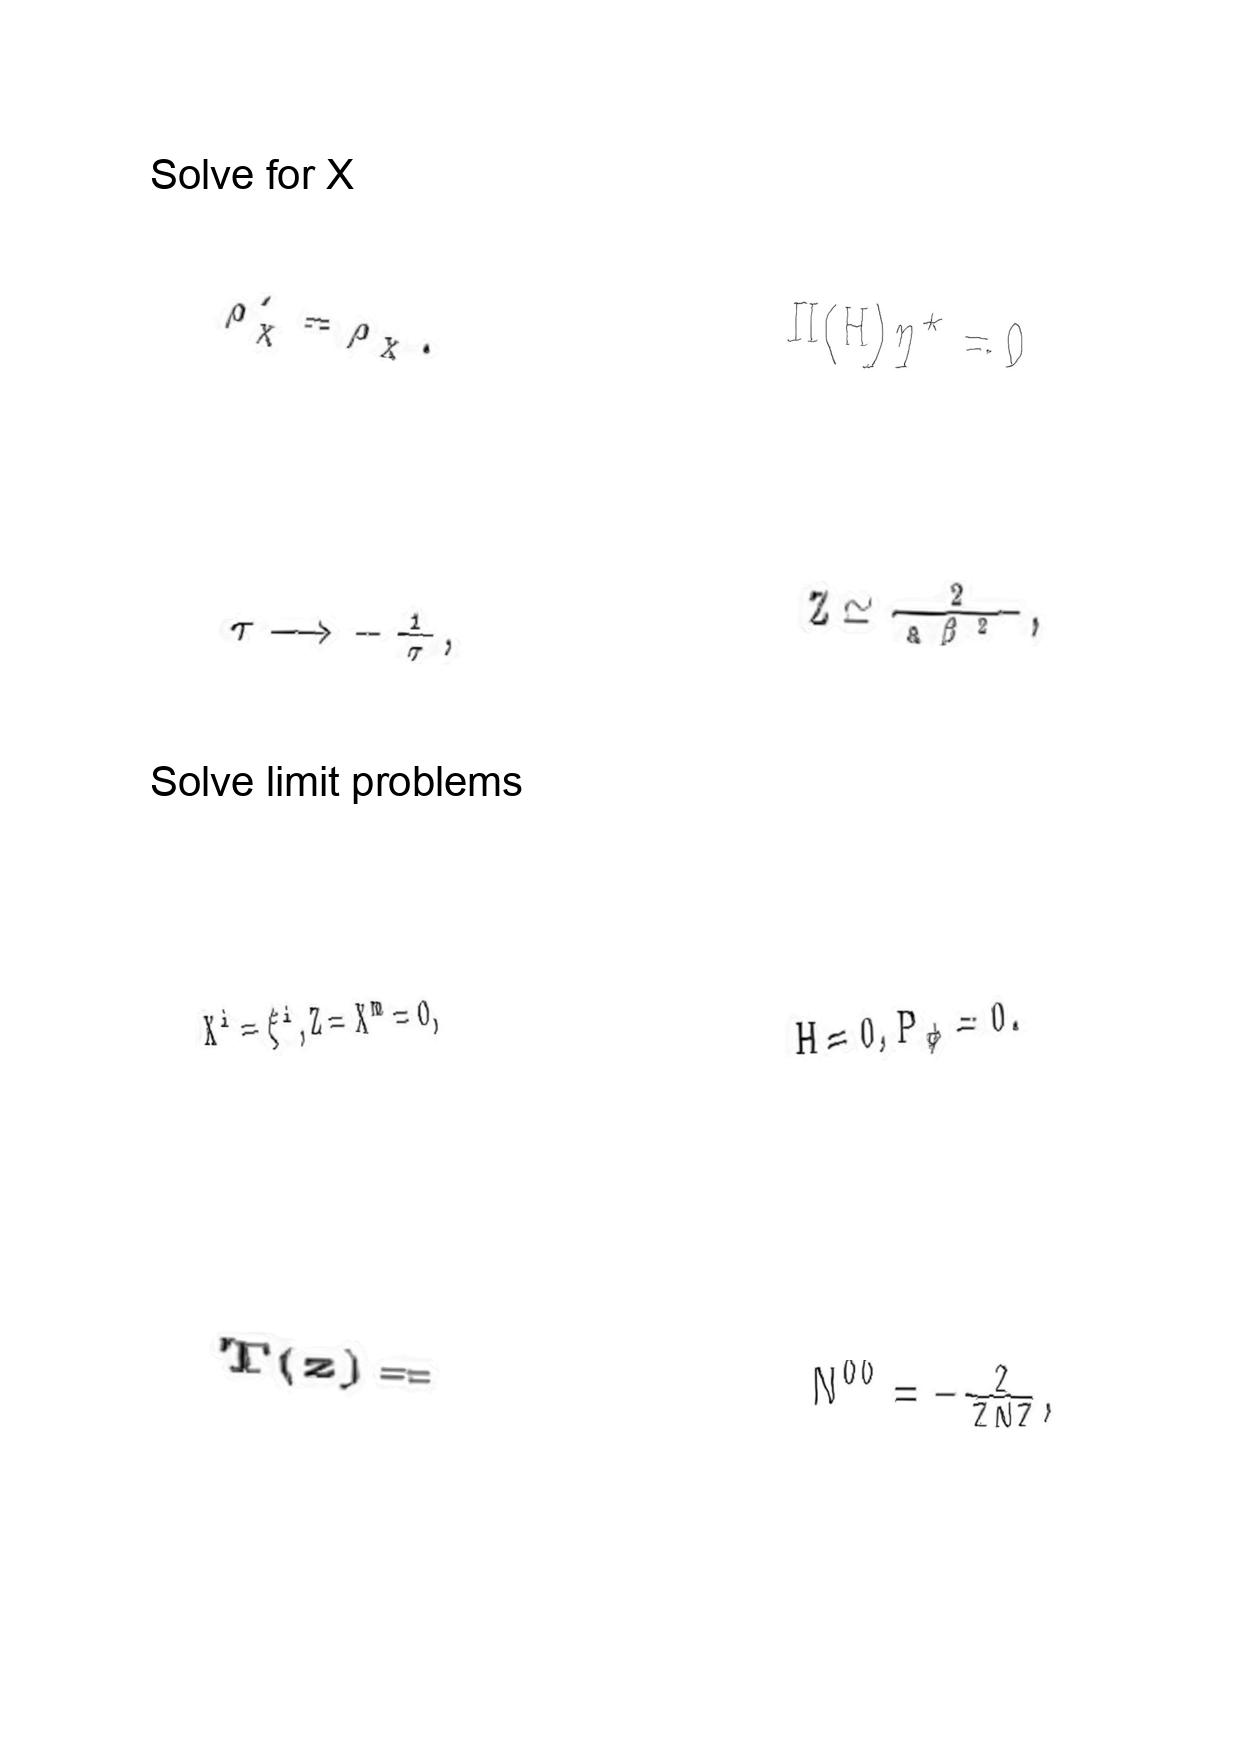
LaTeX transcription:
\rho _ { \chi } ^ { \prime } = \rho _ { \chi } .
\tau \longrightarrow - \frac { 1 } { \tau } ,
X ^ { i } = \xi ^ { i } , Z = X ^ { m } = 0 ,
T \lparen z \rparen =
\Pi \lparen H \rparen \eta ^ { \star } = 0
Z \simeq \frac { 2 } { a \beta ^ { 2 } } ,
H = 0 , P _ { \phi } = 0 .
N ^ { 0 0 } = - \frac { 2 } { \bar { Z } N Z } ,